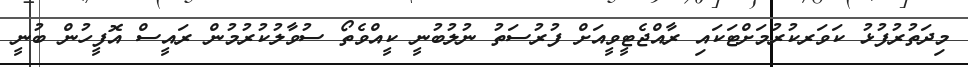
މިދަތުރުފުޅު ކަވަރކުރުމަށްޓަކައި ރާއްޖެޓީވީއަށް ފުރުސަތު ނުލުބުނީ ކީއްވެތޯ ސުވާލުކުރުމުން ރައީސް އޮފީހުން ބުނީ